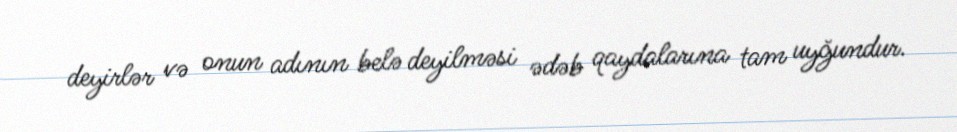
deyirlər və onun adının belə deyilməsi ədəb qaydalarına tam uyğundur.